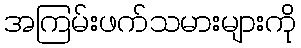
အကြမ်းဖက်သမားများကို